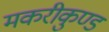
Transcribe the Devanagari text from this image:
मकरीकुण्‍ड